Indian journal of veterinary science and animal husbandry - Volumes 15-17, 1948-1951
Year: 1948
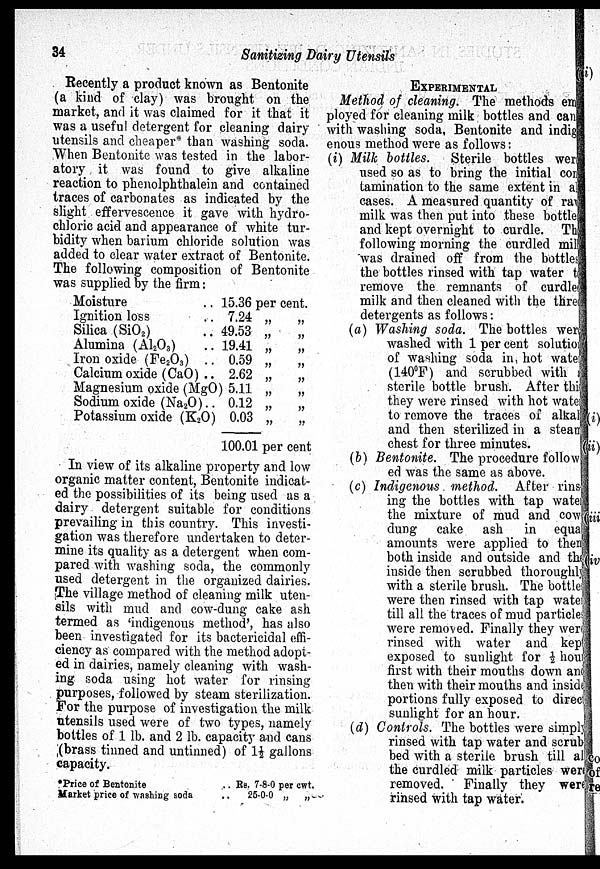
34
Sanitizing Dairy Utensils
Recently a product known as Bentonite
(a kind of clay) was brought on the
market, and it was claimed for it that it
was a useful detergent for cleaning dairy
utensils and cheaper* than washing soda.
When Bentonite was tested in the labor-
atory it was found to give alkaline
reaction to phenolphthalein and contained
traces of carbonates as indicated by the
slight effervescence it gave with hydro-
chloric acid and appearance of white tur-
bidity when barium chloride solution was
added to clear water extract of Bentonite.
The following composition of Bentonite
was supplied by the firm:
Moisture
Ignition loss
Silica (SiO 2 )
Alumina (Al 2 O 3 )
Iron oxide (Fe 2 O 3 ) ..
Calcium oxide (CaO) ..
Magnesium oxide (MgO)
Sodium oxide (Na 2 O)..
Potassium oxide (K 2 O)
15.36
7.24
49.53
19.41
0.59
2.62
5.11
0.12
0.03
percent.
„ „
„ „
„ „
„ „
„ „
„ „
„ „
„ „
100.01 per cent
In view of its alkaline property and low
organic matter content, Bentonite indicat-
ed the possibilities of its being used as a
dairy detergent suitable for conditions
prevailing in this country. This investi-
gation was therefore undertaken to deter-
mine its quality as a detergent when com-
pared with washing soda, the commonly
used detergent in the organized dairies.
The village method of cleaning milk uten-
sils with mud and cow-dung cake ash
termed as 'indigenous method', has also
been investigated for its bactericidal effi-
ciency as compared with the method adopt-
ed in dairies, namely cleaning with wash-
ing soda using hot water for rinsing
purposes, followed by steam sterilization.
For the purpose of investigation the milk
utensils used were of two types, namely
bottles of 1 lb. and 2 lb. capacity and cans
(brass tinned and untinned) of 1½ gallons
capacity.
*Price of Bentonite
Market price of washing soda
. Rs. 7-8-0 per cwt.
25-0-0 „ „
EXPERIMENTAL
Method of cleaning. The methods em
ployed for cleaning milk bottles and can
with washing soda, Bentonite and indig
enous method were as follows:
(i) Milk bottles. Sterile bottles were
used so as to bring the initial con
tamination to the same extent in al
cases. A measured quantity of raw
milk was then put into these bottles
and kept overnight to curdle. The
following morning the curdled milk
was drained off from the bottles
the bottles rinsed with tap water to
remove the remnants of curdle
milk and then cleaned with the three
detergents as follows:
(a) Washing soda. The bottles were
washed with 1 per cent solution
of washing soda in hot water
(140°F) and scrubbed with a
sterile bottle brush. After this
they were rinsed with hot water
to remove the traces of alkal
and then sterilized in a steam
chest for three minutes.
(b) Bentonite. The procedure follow
ed was the same as above.
(c) Indigenous method. After rins
ing the bottles with tap water
the mixture of mud and cow
dung cake ash in equal
amounts were applied to them
both inside and outside and the
inside then scrubbed thoroughly
with a sterile brush. The bottles
were then rinsed with tap water
till all the traces of mud particles
were removed. Finally they were
rinsed with water and kept
exposed to sunlight for ½ hour
first with their mouths down and
then with their mouths and inside
portions fully exposed to direct
sunlight for an hour.
(d) Controls. The bottles were simply
rinsed with tap water and scrub
bed with a sterile brush till all
the curdled milk particles were
removed. Finally they were
rinsed with tap water.